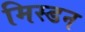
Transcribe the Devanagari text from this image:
मिस्डन